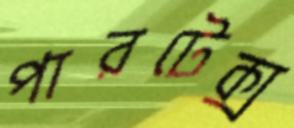
পারটেক্স